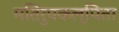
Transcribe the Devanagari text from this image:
मतिरुपकल्पिता